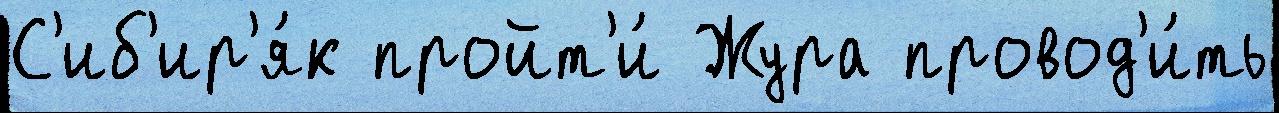
С'иб'ир'я́к пройт'и́ Жура провод'и́ть